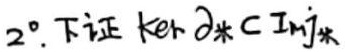
$2^{\circ}.$ 下证 $\ker \partial_* \subset \text{Im} j_*$